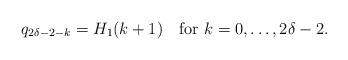
LaTeX: \begin{align*}q_{2\delta-2-k}=H_1(k+1) \ \ \ \mbox{for} \ k=0,\ldots, 2\delta-2.\end{align*}